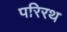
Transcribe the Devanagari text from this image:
परिरथ